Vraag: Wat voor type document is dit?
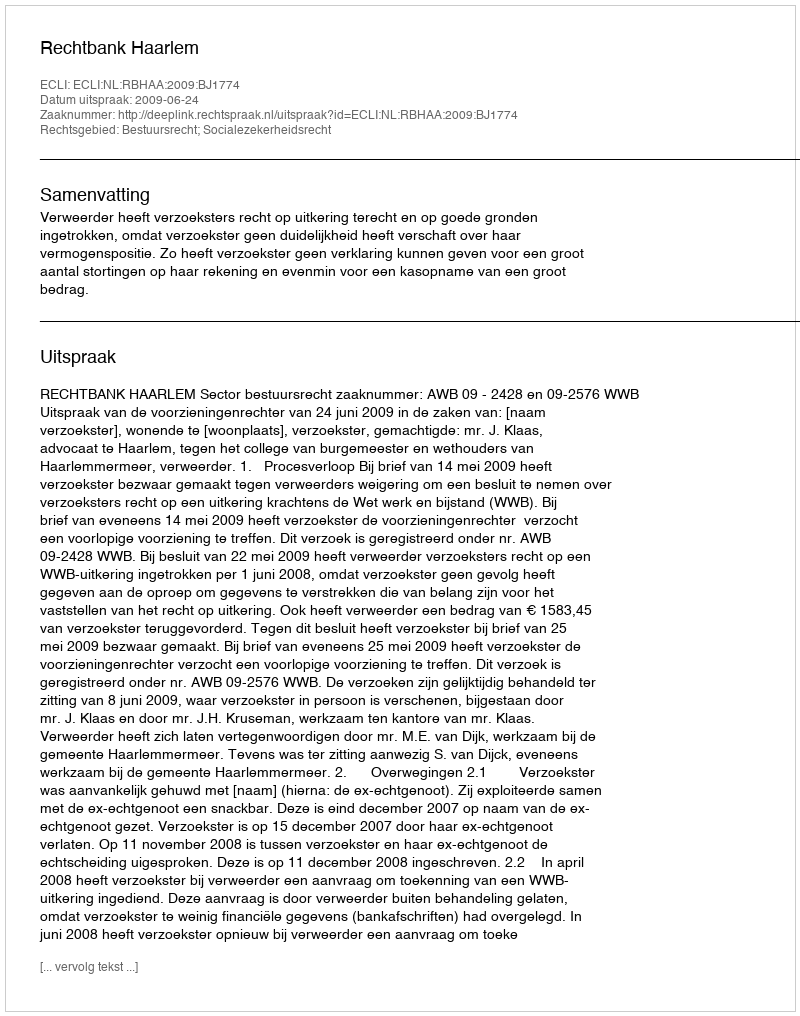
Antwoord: Uitspraak